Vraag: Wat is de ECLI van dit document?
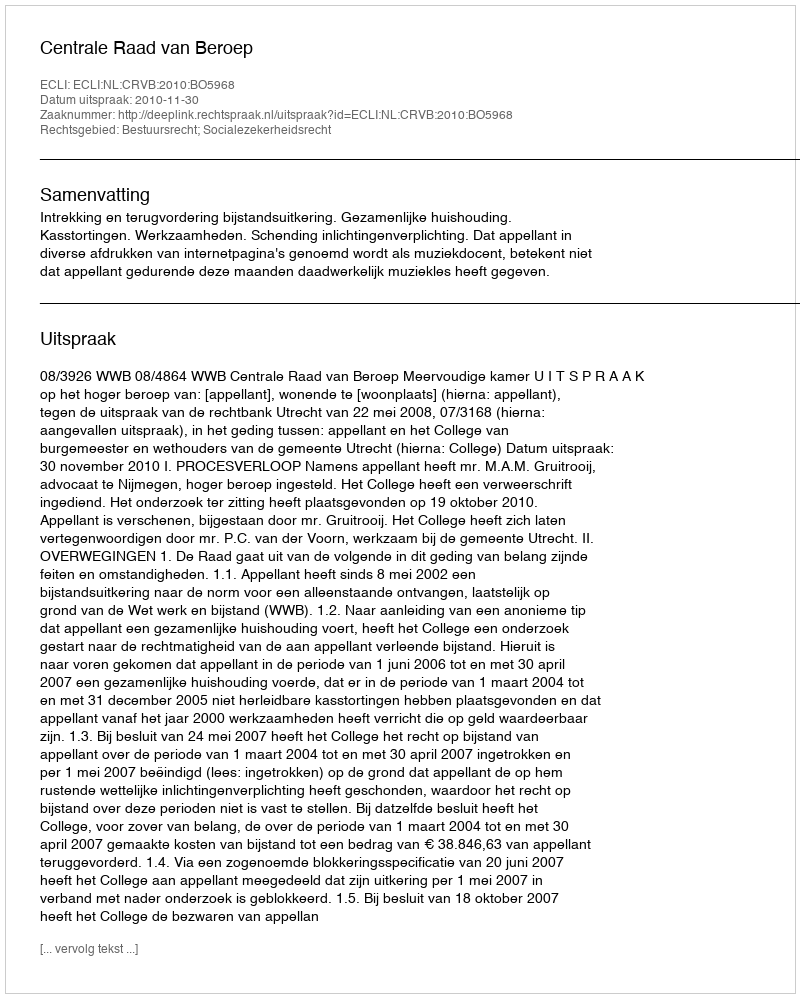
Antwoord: ECLI:NL:CRVB:2010:BO5968